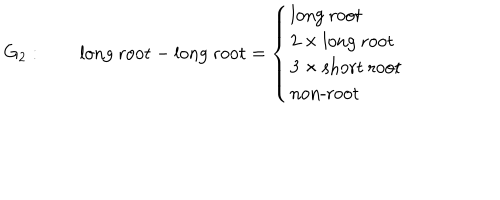
G _ { 2 } : \qquad \mathrm { l o n g ~ r o o t } - \mathrm { l o n g ~ r o o t } = \left\{ \begin{array} { l } { { \mathrm { l o n g ~ r o o t } } } \\ { { 2 \times \mathrm { l o n g ~ r o o t } } } \\ { { 3 \times \mathrm { s h o r t ~ r o o t } } } \\ { { \mathrm { n o n - r o o t } } } \\ \end{array} \right.